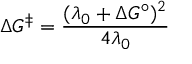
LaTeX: \Delta G ^ { \ddagger } = { \frac { ( \lambda _ { 0 } + \Delta G ^ { \circ } ) ^ { 2 } } { 4 \lambda _ { 0 } } }